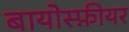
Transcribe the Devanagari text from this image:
बायोस्फ़ीयर